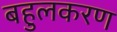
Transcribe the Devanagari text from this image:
बहुलकरण